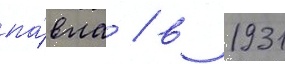
па́вла / в 1931